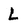
Character: L